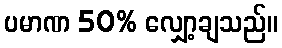
ပမာဏ 50% လျှော့ချသည်။